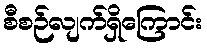
စီစဉ်လျက်ရှိကြောင်း